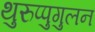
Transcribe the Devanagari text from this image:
थुरुप्पुगुलन